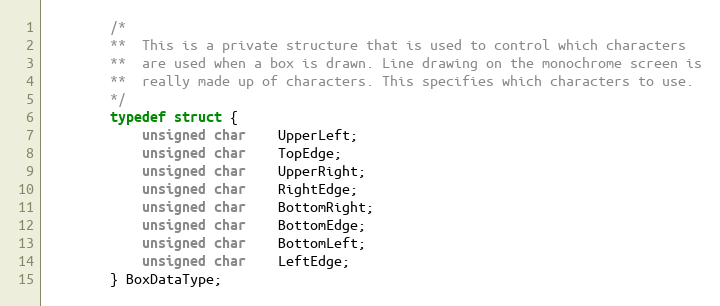
Language: C
		/*
		**	This is a private structure that is used to control which characters
		**	are used when a box is drawn. Line drawing on the monochrome screen is
		**	really made up of characters. This specifies which characters to use.
		*/
		typedef struct {
			unsigned char	UpperLeft;
			unsigned char	TopEdge;
			unsigned char	UpperRight;
			unsigned char	RightEdge;
			unsigned char	BottomRight;
			unsigned char	BottomEdge;
			unsigned char	BottomLeft;
			unsigned char	LeftEdge;
		} BoxDataType;